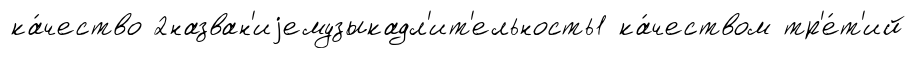
ка́чество 2назван'иjемузыкадл'ит'ельность1 ка́чеством тр'е́т'ий